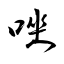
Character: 唑